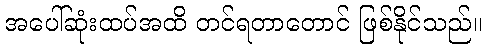
အပေါ်ဆုံးထပ်အထိ တင်ရတာတောင် ဖြစ်နိုင်သည်။